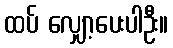
ထပ် လျှော့ပေးပါဦး။